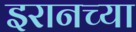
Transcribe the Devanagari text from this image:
इरानच्या